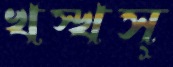
খস্খস্